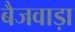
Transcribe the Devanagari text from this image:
बैजवाड़ा